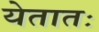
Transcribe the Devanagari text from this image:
येतातः